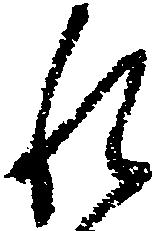
れ